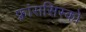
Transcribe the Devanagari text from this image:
फ़्रांससिस्को